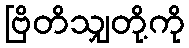
ဗြိတိသျှတို့ကို